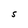
Character: S